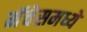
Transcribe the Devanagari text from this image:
मॅचेसमध्ये